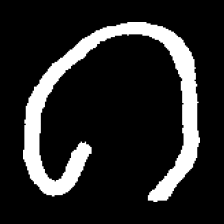
Pyu character \u2014 Myanmar letter: ဂ (romanized: ga)